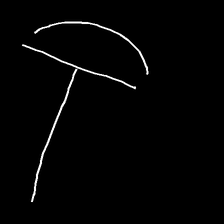
Glyph: dispersion